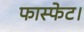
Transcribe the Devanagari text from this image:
फास्फेट।